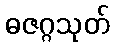
ဓဇဂ္ဂသုတ်